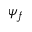
\psi _ { f }